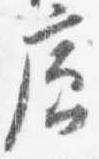
廊